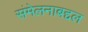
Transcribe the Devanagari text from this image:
संमेलनाबद्दल